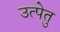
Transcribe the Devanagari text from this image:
उत्पेतु